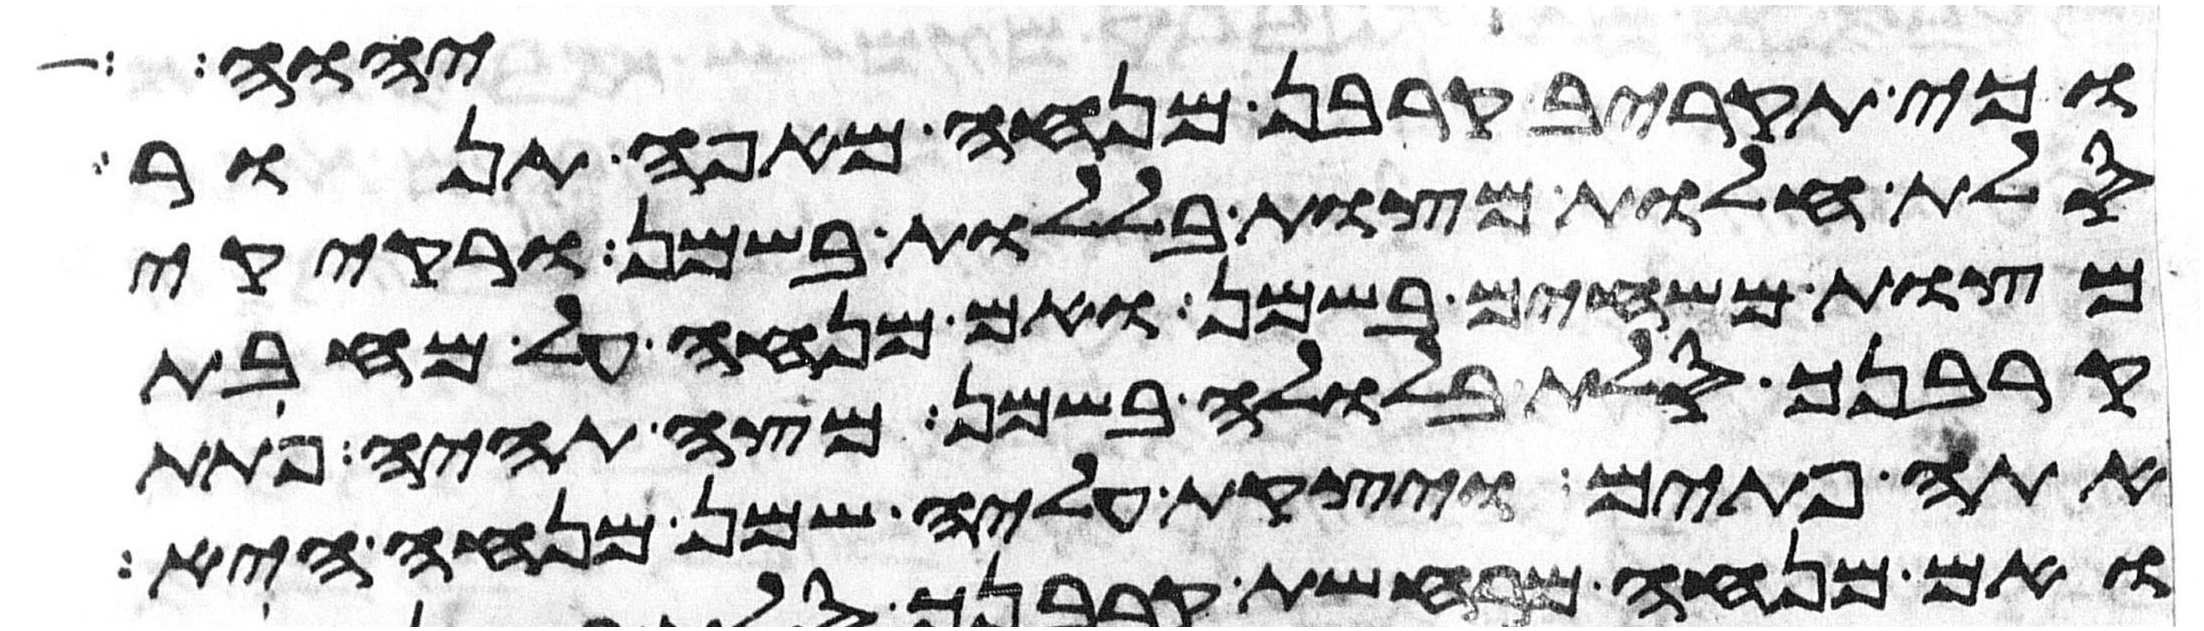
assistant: יהוה
וכי תקריב קרבן מנחה מאפה תנור
סלת חלות מצות בללות בשמן ורקיקי
מצות משחים בשמן ואם מנחה על מחבת
קרבנך סלת בלולה בשמן מצה תהיה פתת
אתה פתים ויצקת עליה שמן מנחה היא